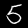
Digit: 5